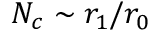
N _ { c } \sim r _ { 1 } / r _ { 0 }